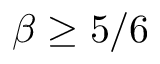
\beta \geq 5 / 6